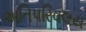
અતિપરિવલય